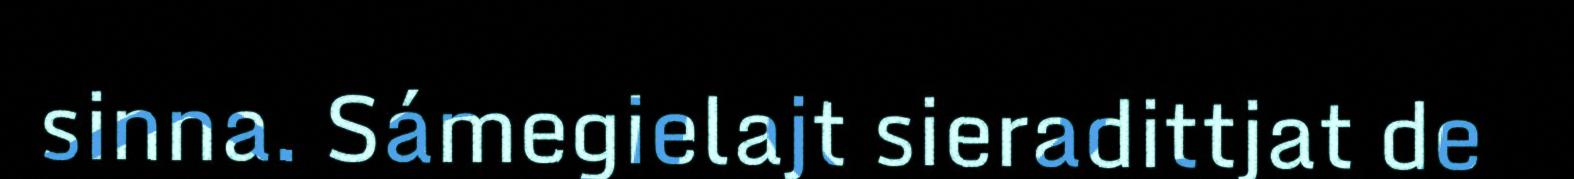
sinna. Sámegielajt sieradittjat de